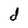
Character: d